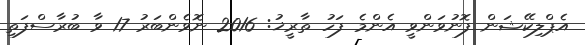
އެޕްލިކޭޝަން ފޮނުވަންވީ އެންމެ ފަހު ތާރީޚު: 2016 ނޮވެންބަރު 17 ވާ ބުރާސްފަތި